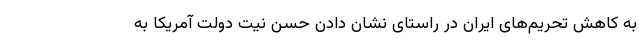
به کاهش تحریم‌های ایران در راستای نشان دادن حسن نیت دولت آمریکا به